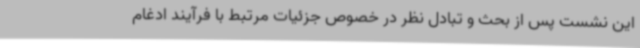
این نشست پس از بحث و تبادل نظر در خصوص جزئیات مرتبط با فرآیند ادغام